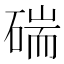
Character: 𥔗